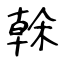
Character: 榦